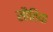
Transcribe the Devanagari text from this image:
सौतिया